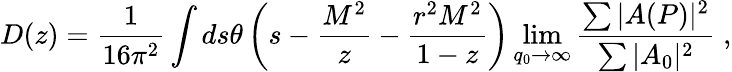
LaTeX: D(z)=\frac{1}{16\pi^{2}}\int ds\theta\left(s-\frac{M^{2}}{z}-\frac{r^{2}M^{2}}{1-z}\right)\operatorname*{lim}_{q_{0}\to\infty}\frac{\sum\vert A(P)\vert^{2}}{\sum\vert A_{0}\vert^{2}}\; ,